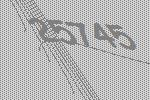
25745